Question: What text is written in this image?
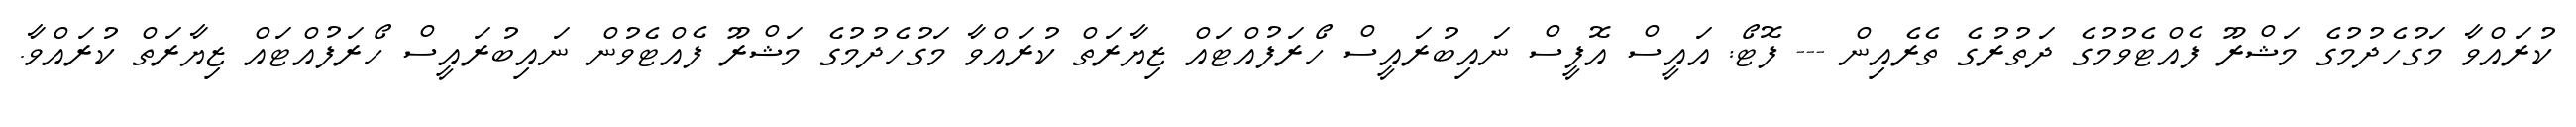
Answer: ކުރައްވާ މަގުހެދުމުގެ މަޝްރޫ ފެއްޓެވުމުގެ ދަތުރުގެ ތެރެއިން --- ފޮޓޯ: އައީސް އޮފީސް ނައިބުރައީސް ހޯރަފުއްޓައް ޒިޔާރަތް ކުރައްވާ މަގުހެދުމުގެ މަޝްރޫ ފެއްޓެވުން ނައިބުރައީސް ހޯރަފުއްޓައް ޒިޔާރަތް ކުރައްވާ.